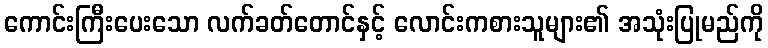
ကောင်းကြီးပေးသော လက်ခတ်တောင်နှင့် လောင်းကစားသူများ၏ အသုံးပြုမည်ကို